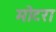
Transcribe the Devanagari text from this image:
मोटरा